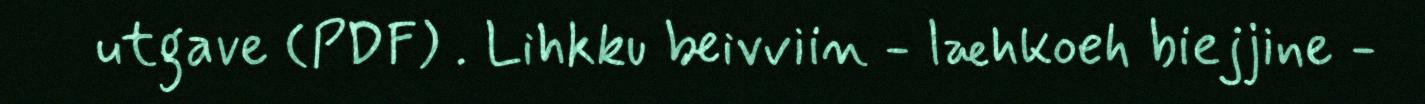
utgave (PDF) . Lihkku beivviin - læhkoeh biejjine -